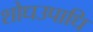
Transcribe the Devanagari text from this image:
शोधउपाधि